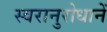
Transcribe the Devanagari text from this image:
स्वरानुरोधानें